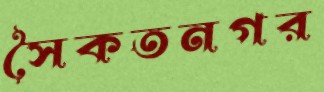
সৈকতনগর